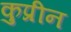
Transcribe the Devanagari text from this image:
कुप्रीन